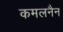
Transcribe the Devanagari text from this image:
कमलनैन